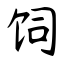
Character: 饲